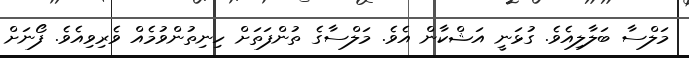
މަލްސާ ބަލާލިއެވެ. ގުޅަނީ އަޝްކާން އެވެ. މަލްސާގެ ތުންފަތަށް ހިނިތުންވުމެއް ވެރިވިއެވެ. ފޯނަށް